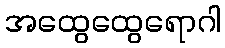
အထွေထွေရောဂါ